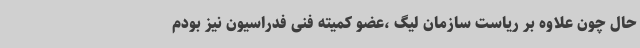
حال چون علاوه بر ریاست سازمان لیگ ،عضو کمیته فنی فدراسیون نیز بودم